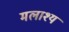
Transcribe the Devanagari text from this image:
मलाश्य